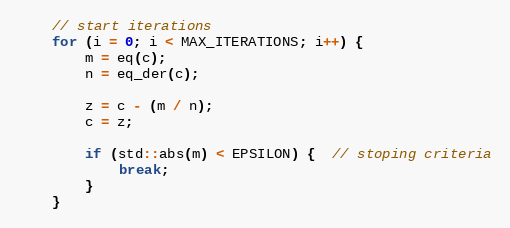
Language: C++
    // start iterations
    for (i = 0; i < MAX_ITERATIONS; i++) {
        m = eq(c);
        n = eq_der(c);

        z = c - (m / n);
        c = z;

        if (std::abs(m) < EPSILON) {  // stoping criteria
            break;
        }
    }